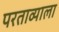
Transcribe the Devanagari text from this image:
परताव्याला